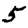
Digit: 5